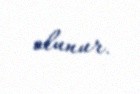
olunur.